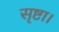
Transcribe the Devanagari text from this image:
सृष्टा।